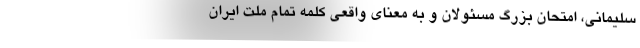
سلیمانی، امتحان بزرگ مسئولان و به معنای واقعی کلمه تمام ملت ایران